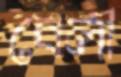
বেলী